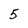
Character: 5